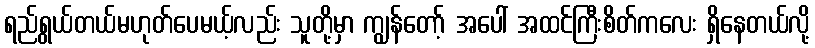
ရည်ရွယ်တယ်မဟုတ်ပေမယ့်လည်း သူတို့မှာ ကျွန်တော့် အပေါ် အထင်ကြီးစိတ်ကလေး ရှိနေတယ်လို့